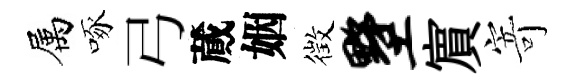
属啄弓蕆姻徴墅賔寄